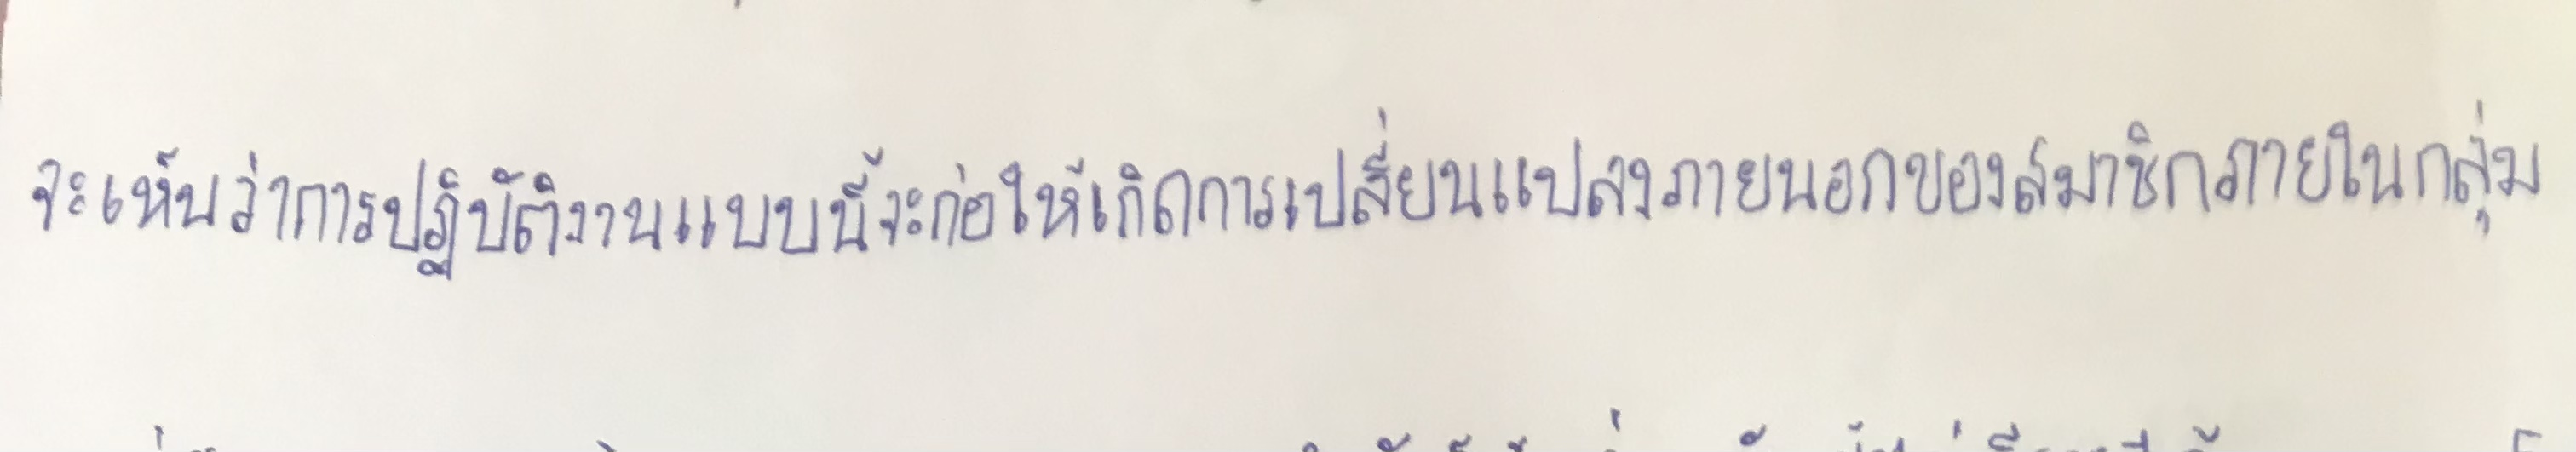
จะเห็นว่าการปฏิบัติงานแบบนี้จะก่อให้เกิดการเปลี่ยนแปลงภายนอกของสมาชิกภายในกลุ่ม